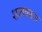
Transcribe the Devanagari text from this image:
शातकाल